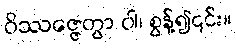
ဝိဿဇ္ဇေတွာ ဝါ၊ စွန့်၍၎င်း။